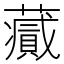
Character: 𧂪